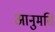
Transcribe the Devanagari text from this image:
आनुमति